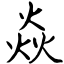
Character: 焱